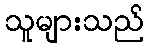
သူများသည်